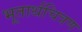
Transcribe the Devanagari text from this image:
भूतार्थचित्रण